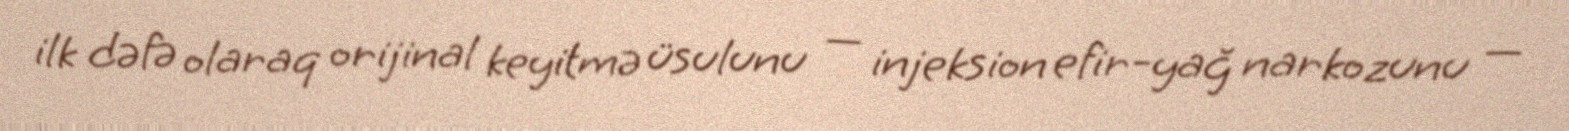
ilk dəfə olaraq orijinal keyitmə üsulunu — injeksion efir-yağ narkozunu —